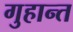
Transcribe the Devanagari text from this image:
गुहान्त